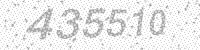
Solution: 435510